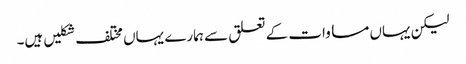
لیکن یہاں مساوات کے تعلق سے ہمارے یہاں مختلف شکلیں ہیں۔